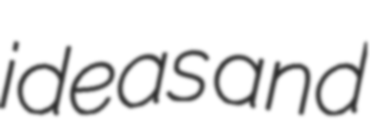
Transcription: ideas and